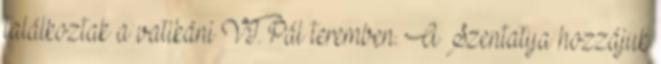
találkoztak a vatikáni VI. Pál teremben. A Szentatya hozzájuk